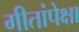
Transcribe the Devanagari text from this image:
गीतांपेक्षा